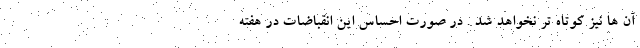
آن ها نیز کوتاه تر نخواهد شد . در صورت احساس این انقباضات در هفته